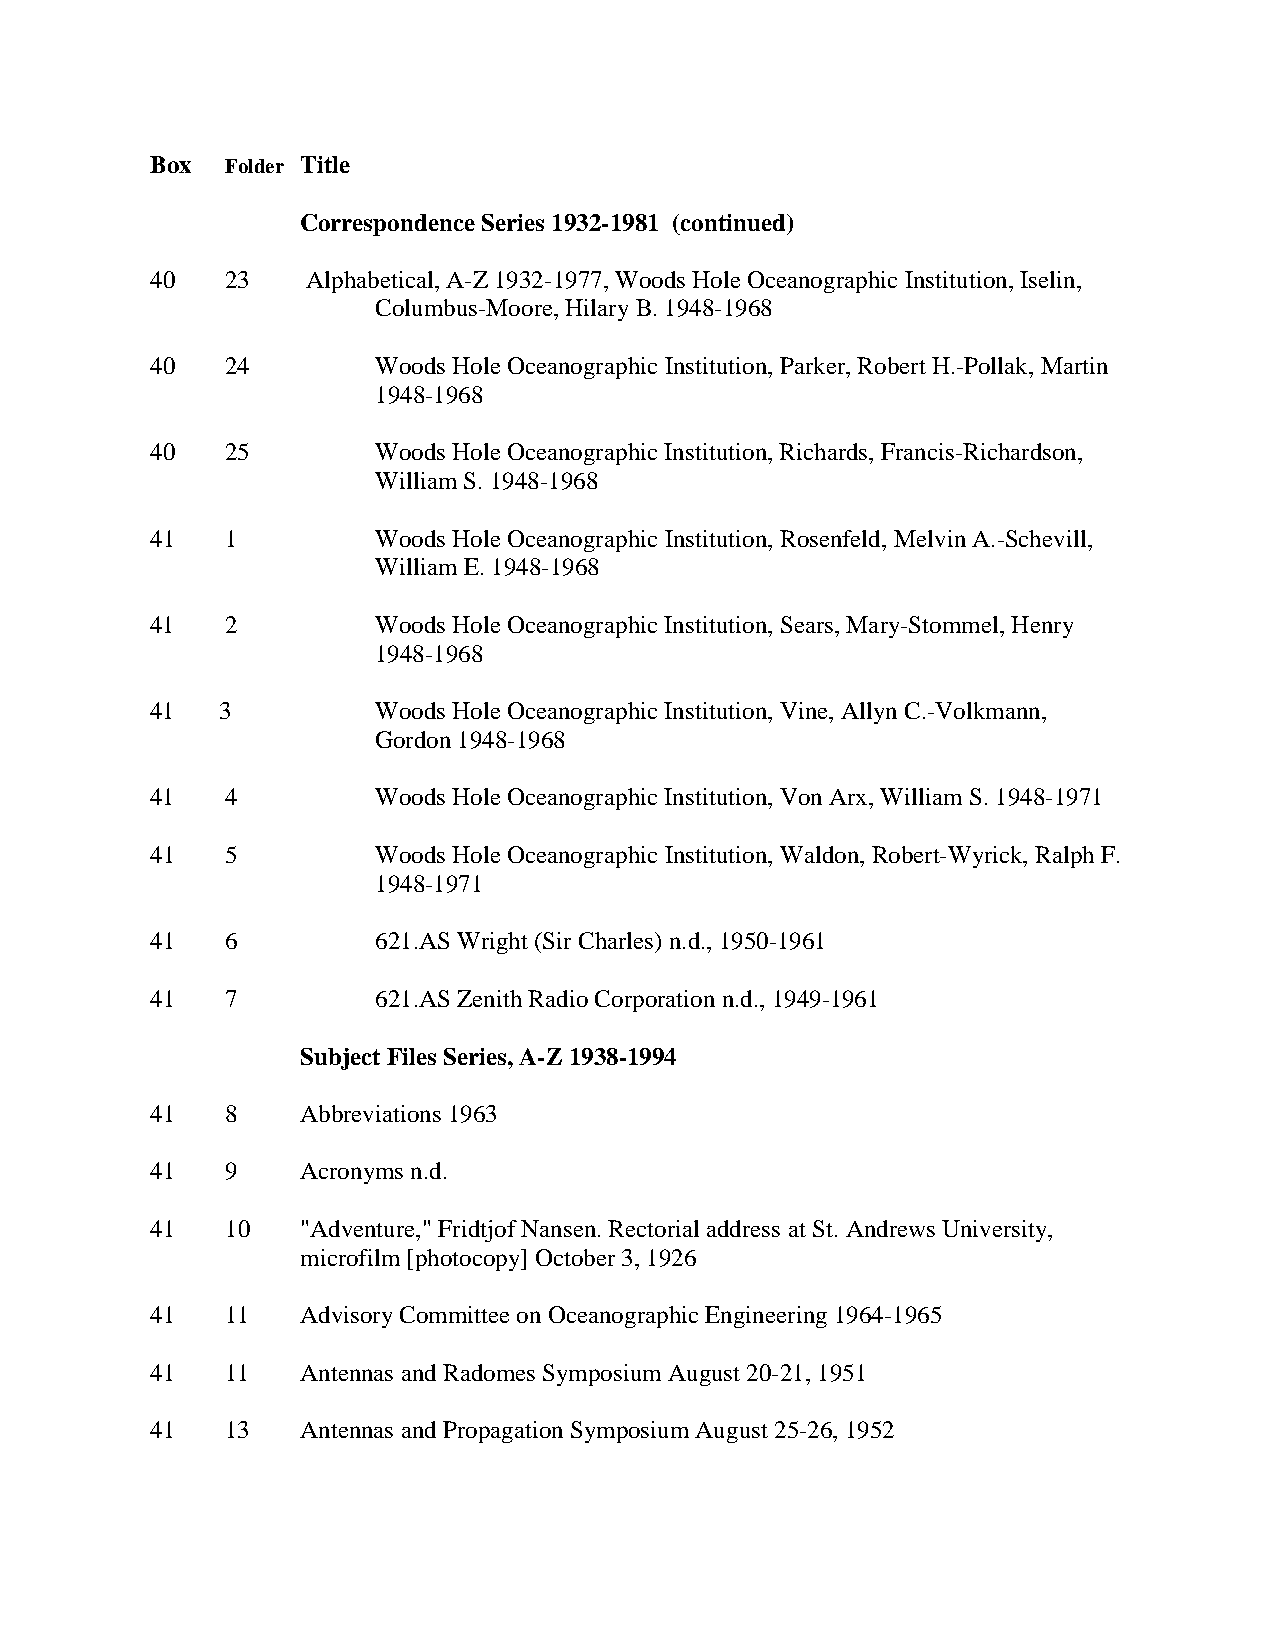
Box  Folder Title
 Correspondence Series 1932-1981 (continued)
 40   23   Alphabetical, A-Z 1932-1977, Woods Hole Oceanographic Institution, Iselin,
 Columbus-Moore, Hilary B. 1948-1968
 40   24        Woods Hole Oceanographic Institution, Parker, Robert H.-Pollak, Martin
 1948-1968
 40   25        Woods Hole Oceanographic Institution, Richards, Francis-Richardson,
 William S. 1948-1968
 41   1         Woods Hole Oceanographic Institution, Rosenfeld, Melvin A.-Schevill,
 William E. 1948-1968
 41   2         Woods Hole Oceanographic Institution, Sears, Mary-Stommel, Henry
 1948-1968
 41  3          Woods Hole Oceanographic Institution, Vine, Allyn C.-Volkmann,
 Gordon 1948-1968
 41   4         Woods Hole Oceanographic Institution, Von Arx, William S. 1948-1971
 41   5         Woods Hole Oceanographic Institution, Waldon, Robert-Wyrick, Ralph F.
 1948-1971
 41   6         621.AS Wright (Sir Charles) n.d., 1950-1961
 41   7         621.AS Zenith Radio Corporation n.d., 1949-1961
 Subject Files Series, A-Z 1938-1994
 41   8    Abbreviations 1963
 41   9    Acronyms n.d.
 41   10   "Adventure," Fridtjof Nansen. Rectorial address at St. Andrews University,
 microfilm [photocopy] October 3, 1926
 41   11   Advisory Committee on Oceanographic Engineering 1964-1965
 41   11   Antennas and Radomes Symposium August 20-21, 1951
 41   13   Antennas and Propagation Symposium August 25-26, 1952